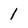
Character: 1